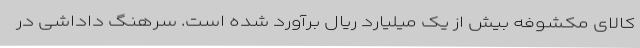
کالای مکشوفه بیش از یک میلیارد ریال برآورد شده است. سرهنگ داداشی در